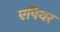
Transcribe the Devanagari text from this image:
एपियर